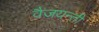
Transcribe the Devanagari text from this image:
वैजयन्‍ती